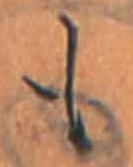
も